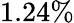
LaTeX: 1.24\%